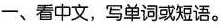
一、看中文，写单词或短语。